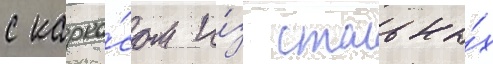
с карка́сом и́з стальны́х